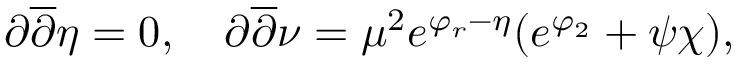
\partial \overline { { { \partial } } } \eta = 0 , \quad \partial \overline { { { \partial } } } \nu = \mu ^ { 2 } e ^ { \varphi _ { r } - \eta } ( e ^ { \varphi _ { 2 } } + { \psi } { \chi } ) ,